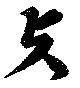
與